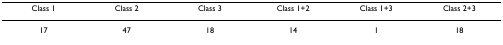
| Class 1 | Class 2 | Class 3 | Class 1+2 | Class 1+3 | Class 2+3 |
 | --- | --- | --- | --- | --- | --- |
 | 17 | 47 | 18 | 14 | 1 | 18 |